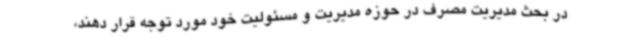
در بحث مدیریت مصرف در حوزه مدیریت و مسئولیت خود مورد توجه قرار دهند،